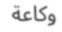
وكاعة